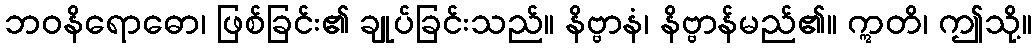
ဘဝနိရောဓော၊ ဖြစ်ခြင်း၏ ချုပ်ခြင်းသည်။ နိဗ္ဗာနံ၊ နိဗ္ဗာန်မည်၏။ ဣတိ၊ ဤသို့။